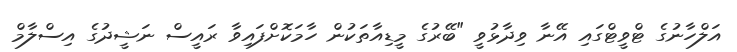
އަލްހާނުގެ ޓްވީޓްގައި އޭނާ ވިދާޅުވީ "ބޭރުގެ މީޑިއާތަކުން ހާމަކޮށްފައިވާ ރައީސް ނަޝީދުގެ އިސްލާމް